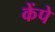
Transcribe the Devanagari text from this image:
केंपे